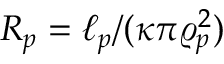
R _ { p } = \ell _ { p } / ( \kappa \pi \varrho _ { p } ^ { 2 } )